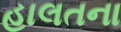
હાલતના